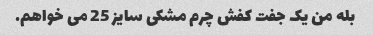
بله من یک جفت کفش چرم مشکی سایز 25 می خواهم.